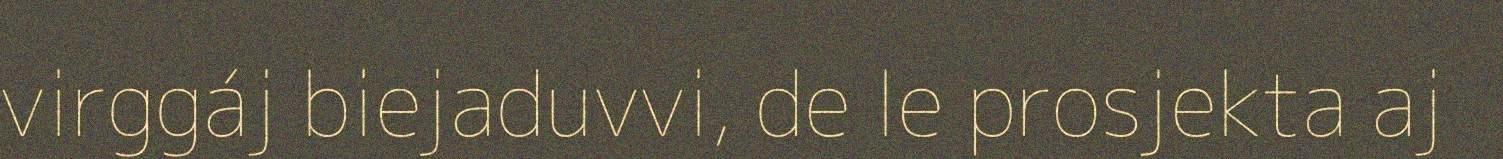
virggáj biejaduvvi, de le prosjekta aj